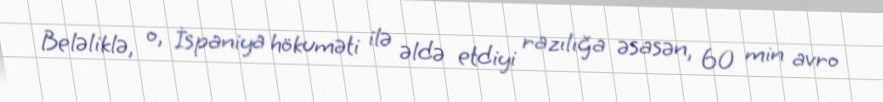
Beləliklə, o, İspaniya hökuməti ilə əldə etdiyi razılığa əsasən, 60 min avro